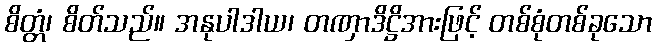
စိတ္တံ၊ စိတ်သည်။ အနုပါဒါယ၊ တဏှာဒိဋ္ဌိအားဖြင့် တစ်စုံတစ်ခုသော